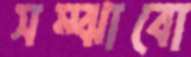
সম্‌ঝাবো